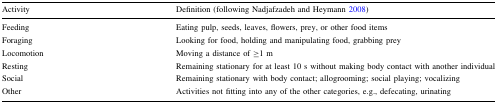
<table><thead><tr><td><b>Activity</b></td><td><b>Definition (following Nadjafzadeh and Heymann 2008)</b></td></tr></thead><tbody><tr><td>Feeding</td><td>Eating pulp, seeds, leaves, flowers, prey, or other food items</td></tr><tr><td>Foraging</td><td>Looking for food, holding and manipulating food, grabbing prey</td></tr><tr><td>Locomotion</td><td>Moving a distance of ≥1 m</td></tr><tr><td>Resting</td><td>Remaining stationary for at least 10 s without making body contact with another individual</td></tr><tr><td>Social</td><td>Remaining stationary with body contact; allogrooming; social playing; vocalizing</td></tr><tr><td>Other</td><td>Activities not fitting into any of the other categories, e.g., defecating, urinating</td></tr></tbody></table>